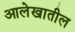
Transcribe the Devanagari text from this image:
आलेखातील